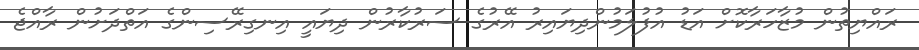
ރައްޔިތުން މުޒާހަރާކޮށް އަޑު އުފުލަމުންދިޔައިރު އޭރުގެ ސަރުކާރުން ދިޔައީ އިނގިރޭސިންގެ އަތްދަށުން ރާއްޖެ